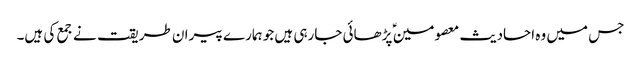
جس میں وہ احادیث معصومین ؑ پڑھائی جارہی ہیں جو ہمارے پیران طریقت نے جمع کی ہیں۔